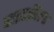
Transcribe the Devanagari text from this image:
व्हाइटफ़ील्ड